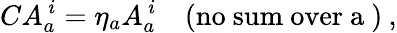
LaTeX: CA_{a}^{\, i}=\eta_{a}A_{a}^{\, i}\quad\mathrm{(no~sum~over~a~)}\: ,